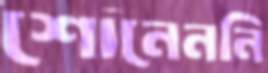
শোনেননি